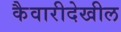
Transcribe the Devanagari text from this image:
कैवारीदेखील